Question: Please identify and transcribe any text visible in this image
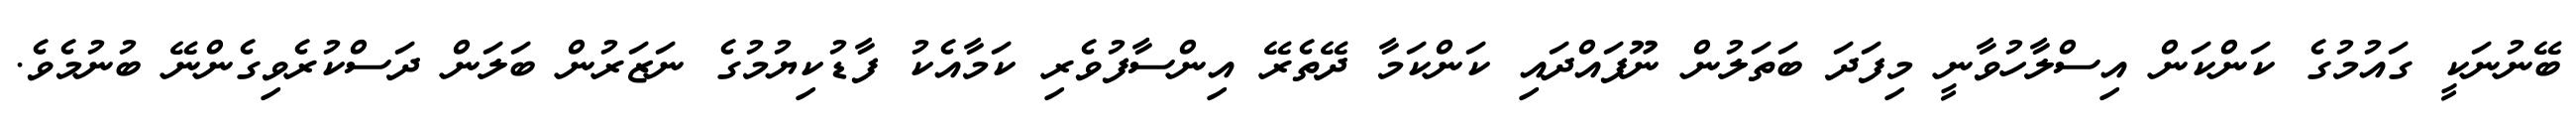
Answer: ބޭނުނަކީ ގައުމުގެ ކަންކަން އިސްލާހުވާނީ މިފަދަ ބަތަލުން ނޫފައްދައި ކަންކަމާ ދޭތެރޭ އިންސާފުވެރި ކަމާއެކު ފާޑުކިޔުމުގެ ނަޒަރުން ބަލަން ދަސްކުރެވިގެންނޭ ބުނުމެވެ.